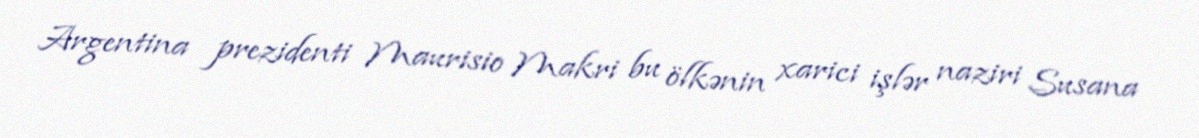
Argentina prezidenti Maurisio Makri bu ölkənin xarici işlər naziri Susana